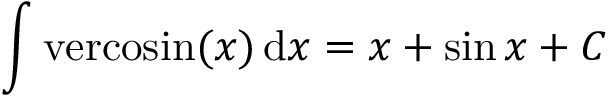
\int \mathrm { v e r c o s i n } ( x ) \, \mathrm { d } x = x + \sin { x } + C